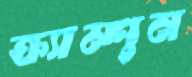
ক্র্যাম্পুন